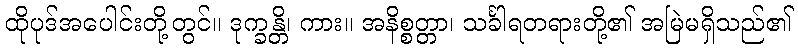
ထိုပုဒ်အပေါင်းတို့တွင်။ ဒုက္ခန္တိ၊ ကား။ အနိစ္စတ္တာ၊ သင်္ခါရတရားတို့၏ အမြဲမရှိသည်၏